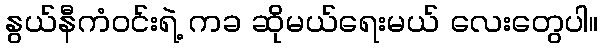
နွယ်နီကံဝင်းရဲ့ ကခ ဆိုမယ်ရေးမယ် လေးတွေပါ။